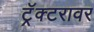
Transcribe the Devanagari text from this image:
ट्रॅक्टरावर